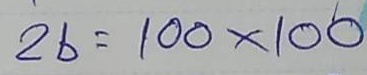
26 = 100 x 100